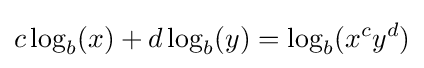
c\log _{b}(x)+d\log _{b}(y)=\log _{b}(x^{c}y^{d})